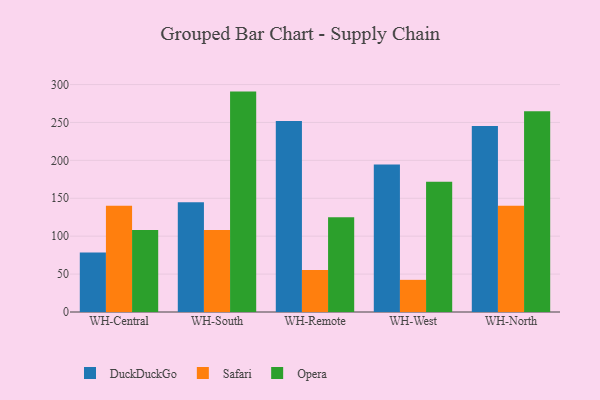
{"axis": {"x": "Warehouse", "y": "Shipments"}, "legend": ["DuckDuckGo", "Opera", "Safari"], "data": [{"x": "WH-Central", "y": 78.6, "type": "DuckDuckGo"}, {"x": "WH-Central", "y": 140.3, "type": "Safari"}, {"x": "WH-Central", "y": 108.3, "type": "Opera"}, {"x": "WH-South", "y": 144.8, "type": "DuckDuckGo"}, {"x": "WH-South", "y": 108.1, "type": "Safari"}, {"x": "WH-South", "y": 290.7, "type": "Opera"}, {"x": "WH-Remote", "y": 251.9, "type": "DuckDuckGo"}, {"x": "WH-Remote", "y": 55.5, "type": "Safari"}, {"x": "WH-Remote", "y": 124.9, "type": "Opera"}, {"x": "WH-West", "y": 194.4, "type": "DuckDuckGo"}, {"x": "WH-West", "y": 42.4, "type": "Safari"}, {"x": "WH-West", "y": 171.8, "type": "Opera"}, {"x": "WH-North", "y": 245.3, "type": "DuckDuckGo"}, {"x": "WH-North", "y": 140.3, "type": "Safari"}, {"x": "WH-North", "y": 264.9, "type": "Opera"}]}